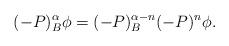
LaTeX: \begin{align*}(-P)_{B}^{\alpha}\phi=(-P)_{B}^{\alpha-n}(-P)^{n}\phi.\end{align*}